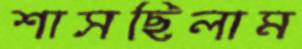
শাসছিলাম